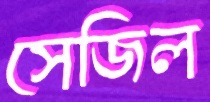
সেজিল